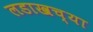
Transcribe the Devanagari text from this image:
लडाखच्या